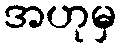
အဟုမှ